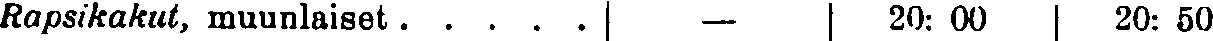
Rapsikakut, muunlaiset . . . . .  —  20: 00  20: 50